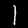
Digit: 1